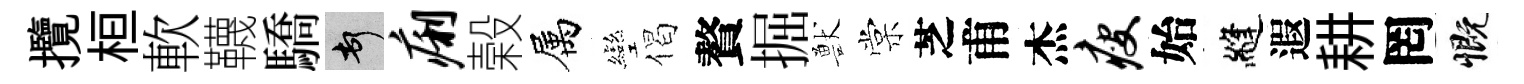
攬桓軟韈驕頓痢榖属彎偈贅掘獸棠芝甫杰瘦始縫遐耕罔慨